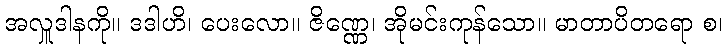
အလှူဒါနကို။ ဒဒါဟိ၊ ပေးလော။ ဇိဏ္ဏေ၊ အိုမင်းကုန်သော။ မာတာပိတရော စ၊